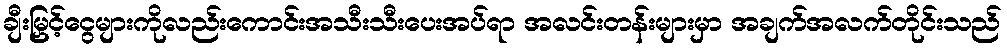
ချီးမြှင့်ငွေများကိုလည်းကောင်းအသီးသီးပေးအပ်ရာ အလင်းတန်းများမှာ အချက်အလက်တိုင်းသည်